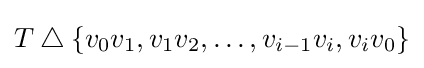
T\mathbin {\triangle } \{v_{0}v_{1},v_{1}v_{2},\dotsc ,v_{i-1}v_{i},v_{i}v_{0}\}